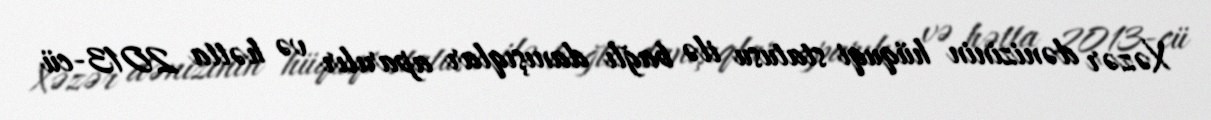
Xəzər dənizinin hüquqi statusu ilə bağlı danışıqlar aparılır və hətta 2013-cü